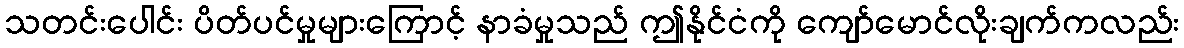
သတင်းပေါင်း ပိတ်ပင်မှုများကြောင့် နာခံမှုသည် ဤနိုင်ငံကို ကျော်မောင်လိုးချက်ကလည်း